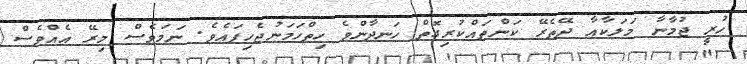
ހުރީ ޖުމާނާ މަލަކާއާ ދޭތެރޭ ކަންތައްކުރިގޮތް ހަނދާންވެ ހިތްހަމަނުޖެހިފައެވެ. ނަމަވެސް މިރޭ އެއްވެސް